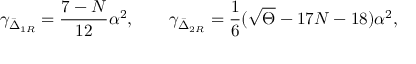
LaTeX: \gamma _ { \bar { \Delta } _ { 1 R } } = \frac { 7 - N } { 1 2 } \alpha ^ { 2 } , \qquad \gamma _ { \bar { \Delta } _ { 2 R } } = \frac { 1 } { 6 } ( \sqrt \Theta - 1 7 N - 1 8 ) \alpha ^ { 2 } ,